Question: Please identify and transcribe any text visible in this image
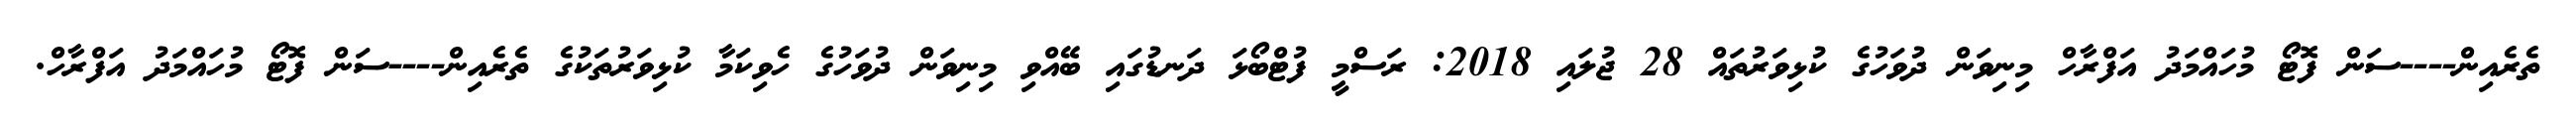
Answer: ތެރެއިން----ސަން ފޮޓޯ މުހައްމަދު އަފްރާހް މިނިވަން ދުވަހުގެ ކުޅިވަރުތައް 28 ޖުލައި 2018: ރަސްމީ ފުޓްބޯޅަ ދަނޑުގައި ބޭއްވި މިނިވަން ދުވަހުގެ ހެވިކަމާ ކުޅިވަރުތަކުގެ ތެރެއިން----ސަން ފޮޓޯ މުހައްމަދު އަފްރާހް.